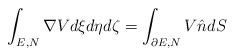
LaTeX: \begin{align*} \int_{E,N} {\nabla Vd \xi d\eta d\zeta } = \int_{\partial E,N} {V\hat n dS} \end{align*}